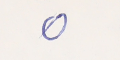
٥